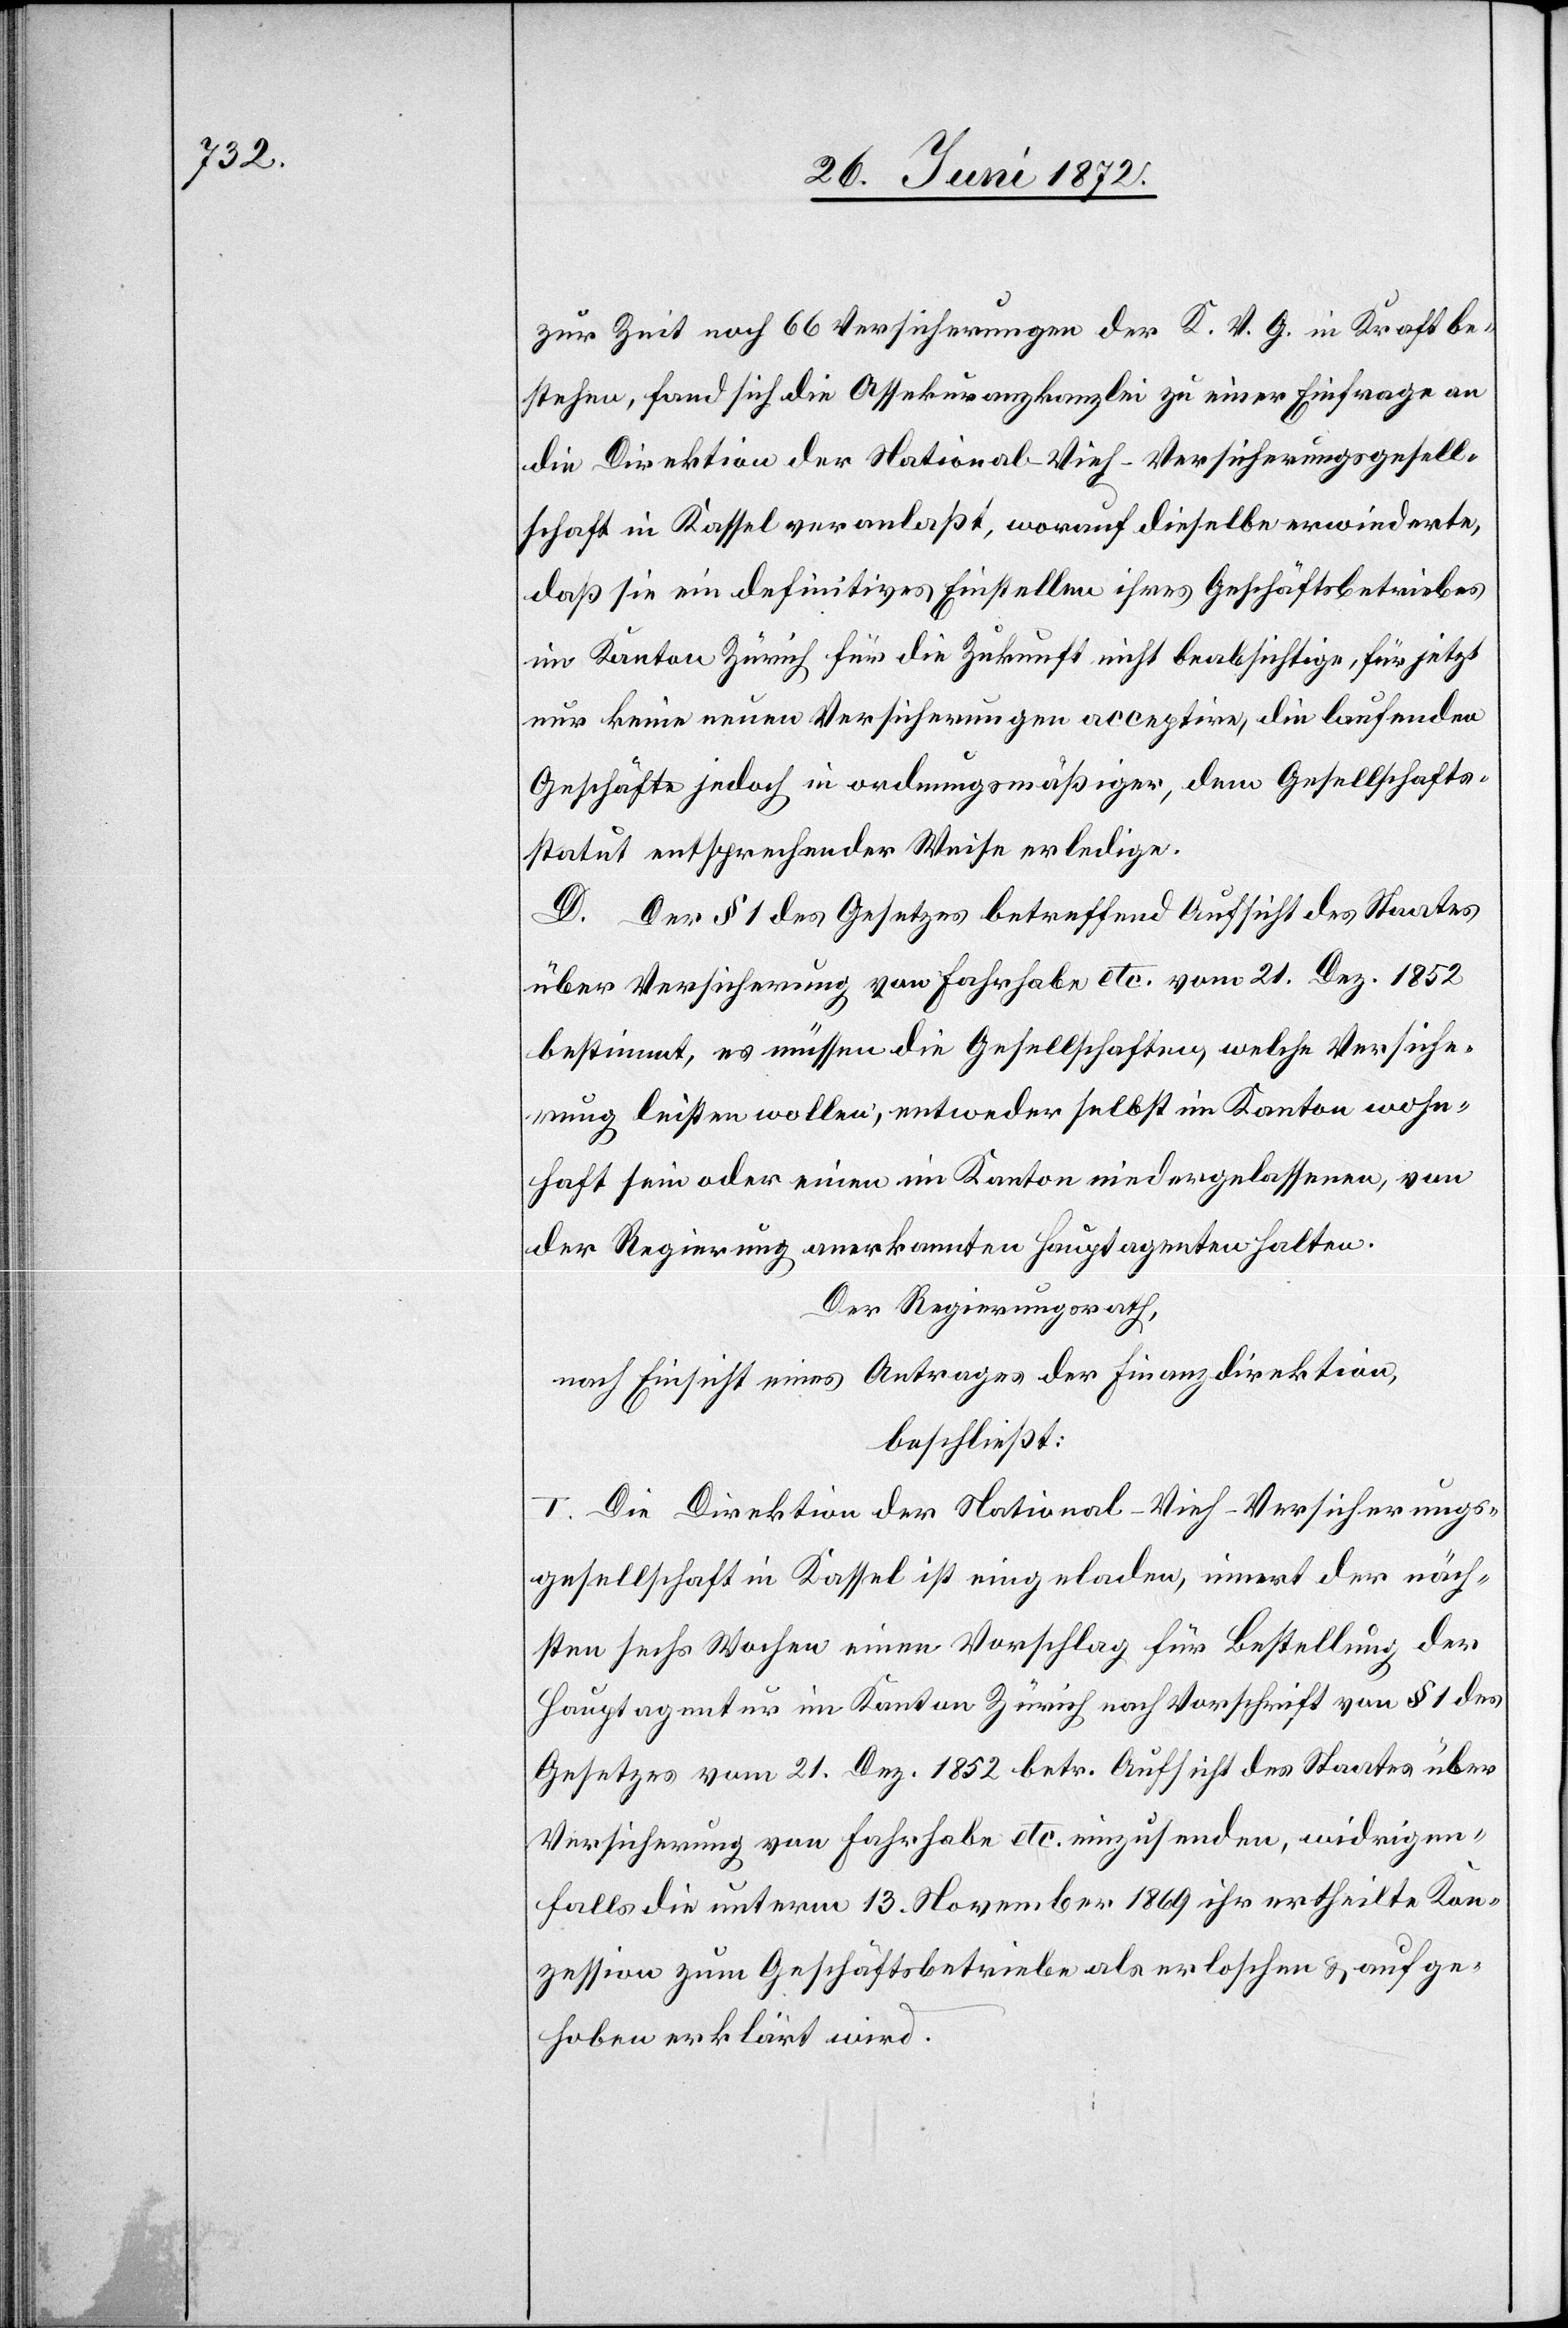
zur Zeit noch 66 Versicherungen der K. V. G. in Kraft be¬
stehen, fand sich die Assekuranzkanzlei zu einer Einfrage an
die Direktion der National-Vieh-Versicherungsgesell¬
schaft in Kassel veranlaßt, worauf dieselbe erwiederte,
daß sie ein definitives Einstellen ihres Geschäftsbetriebes
im Kanton Zürich für die Zukunft nicht beabsichtige, für jetzt
nur keine neuen Versicherungen acceptire, die laufenden
Geschäfte jedoch in ordnungsmäßiger, dem Gesellschafts¬
statut entsprechender Weise erledige.
D. Der § 1 des Gesetzes betreffend Aufsicht des Staates
über Versicherungen von Fahrhabe etc. vom 21. Dez. 1852
bestimmt, es müssen die Gesellschaften, welche Versiche¬
rung leisten wollen, entweder selbst im Kanton wohn¬
haft sein oder einen im Kanton niedergelassenen, von
der Regierung anerkannten Hauptagenten halten.
Der Regierungsrath,
nach Einsicht eines Antrages der Finanzdirektion,
beschließt:
I. Die Direktion der National-Vieh-Versicherungs¬
gesellschaft in Kassel ist eingeladen, innert der näch¬
sten sechs Wochen einen Vorschlag für Bestellung der
Hauptagentur im Kanton Zürich nach Vorschrift von § 1 des
Gesetzes vom 21. Dez. 1852 betr. Aufsicht des Staates über
Versicherung von Fahrhabe etc. einzusenden, widrigen¬
falls die unterm 13. November 1869 ihr ertheilte Kon¬
zession zum Geschäftsbetriebe als erloschen u. aufge¬
hoben erklärt wird.